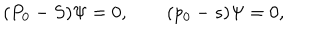
( P _ { 0 } - S ) \Psi = 0 , \qquad ( p _ { 0 } - s ) \Psi = 0 ,